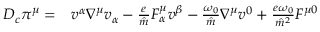
\begin{array} { r l } { D _ { c } \pi ^ { \mu } = } & { { } v ^ { \alpha } \nabla ^ { \mu } v _ { \alpha } - \frac { e } { \hat { m } } F _ { \alpha } ^ { \mu } v ^ { \beta } - \frac { \omega _ { 0 } } { \hat { m } } \nabla ^ { \mu } v ^ { 0 } + \frac { e \omega _ { 0 } } { \hat { m } ^ { 2 } } F ^ { \mu 0 } } \end{array}